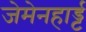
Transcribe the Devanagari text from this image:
जेमेनहार्ड्ट